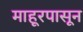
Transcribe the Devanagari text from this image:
माहूरपासून